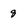
Character: q